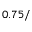
0 . 7 5 /